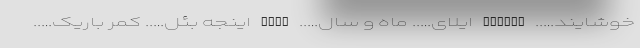
خوشایند….. IZINAZ ایلای….. ماه و سال….. ILAY اینجه بئل….. کمر باریک…..